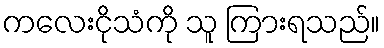
ကလေးငိုသံကို သူ ကြားရသည်။